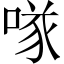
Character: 𠸌